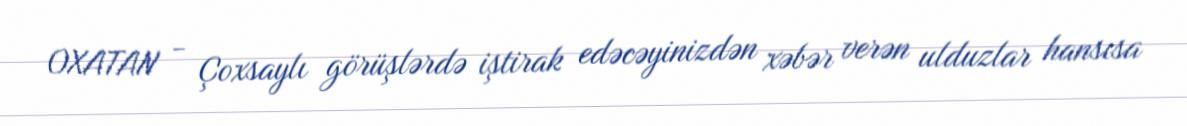
OXATAN - Çoxsaylı görüşlərdə iştirak edəcəyinizdən xəbər verən ulduzlar hansısa